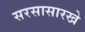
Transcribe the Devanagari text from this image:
सरसासारखे